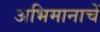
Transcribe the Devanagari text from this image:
अभिमानाचें